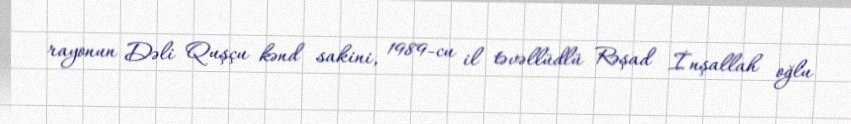
rayonun Dəli Quşçu kənd sakini, 1989-cu il təvəllüdlü Rəşad İnşallah oğlu